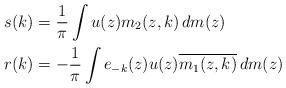
LaTeX: \begin{align*}s(k)&=\frac{1}{\pi} \int u(z) m_2(z,k) \, dm(z) \\r(k)&=-\frac{1}{\pi} \int e_{-k}(z) u(z) \overline{m_1(z,k)} \, dm(z)\end{align*}